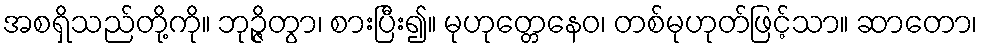
အစရှိသည်တို့ကို။ ဘုဉ္ဇိတွာ၊ စားပြီး၍။ မုဟုတ္တေနေဝ၊ တစ်မုဟုတ်ဖြင့်သာ။ ဆာတော၊